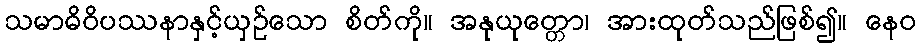
သမာဓိဝိပဿနာနှင့်ယှဉ်သော စိတ်ကို။ အနုယုတ္တော၊ အားထုတ်သည်ဖြစ်၍။ နေဝ